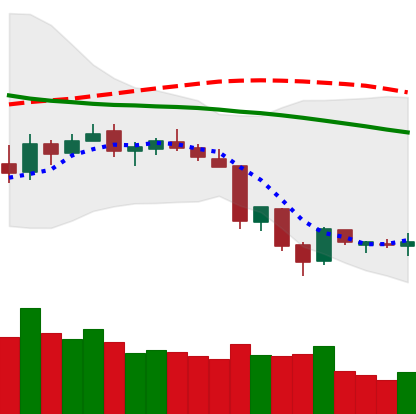
Ticker: XLM-USD
Chart end date: 2018-06-18
Forward return: -13.165%
Label: down_7plus